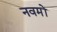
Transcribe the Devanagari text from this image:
नवमों